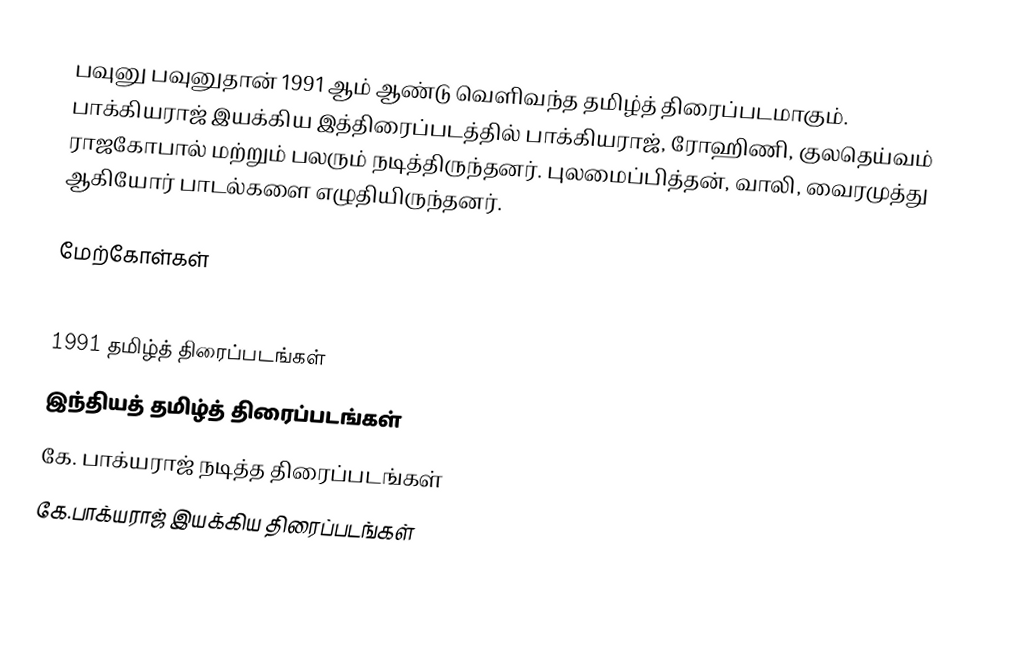
பவுனு பவுனுதான் 1991 ஆம் ஆண்டு வெளிவந்த தமிழ்த் திரைப்படமாகும். பாக்கியராஜ் இயக்கிய இத்திரைப்படத்தில் பாக்கியராஜ், ரோஹிணி, குலதெய்வம் ராஜகோபால் மற்றும் பலரும் நடித்திருந்தனர். புலமைப்பித்தன், வாலி, வைரமுத்து ஆகியோர் பாடல்களை எழுதியிருந்தனர்.

மேற்கோள்கள்

1991 தமிழ்த் திரைப்படங்கள்
இந்தியத் தமிழ்த் திரைப்படங்கள்
கே. பாக்யராஜ் நடித்த திரைப்படங்கள்
கே.பாக்யராஜ் இயக்கிய திரைப்படங்கள்